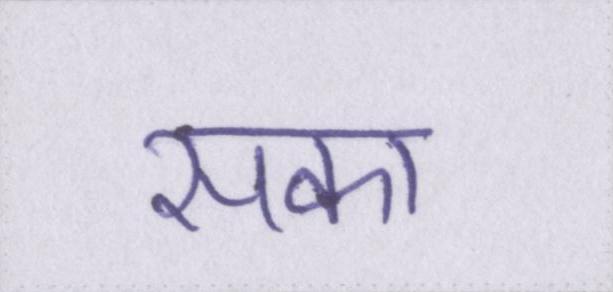
सका